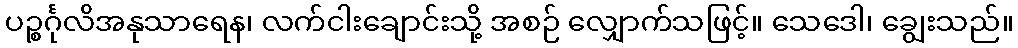
ပဉ္စင်္ဂုလိအနုသာရေန၊ လက်ငါးချောင်းသို့ အစဉ် လျှောက်သဖြင့်။ သေဒေါ၊ ချွေးသည်။